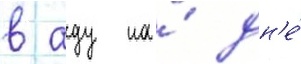
в аду на́ дн'е́